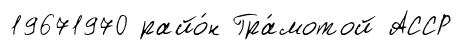
19671970 райо́н Гра́мотой АССР